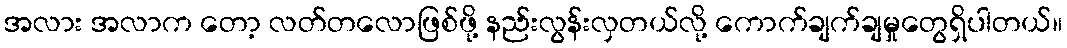
အလား အလာက တော့ လတ်တလောဖြစ်ဖို့ နည်းလွန်းလှတယ်လို့ ကောက်ချက်ချမှုတွေရှိပါတယ်။